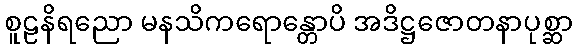
စူဠနိရညော မနသိကရောန္တောပိ အဒိဋ္ဌဇောတနာပုစ္ဆာ